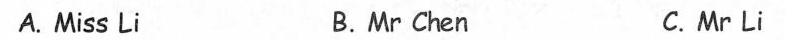
A.Miss Li B.Mr Chen C.Mr Li